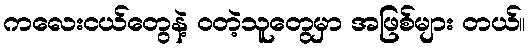
ကလေးငယ်တွေနဲ့ ဝတဲ့သူတွေမှာ အဖြစ်များ တယ်။